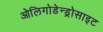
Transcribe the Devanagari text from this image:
ओलिगोडेन्ड्रोसाइट